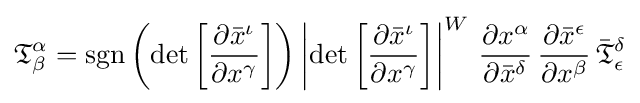
{\mathfrak {T}}_{\beta }^{\alpha }=\operatorname {sgn} \left(\det {\left[{\frac {\partial {\bar {x}}^{\iota }}{\partial {x}^{\gamma }}}\right]}\right)\left\vert \det {\left[{\frac {\partial {\bar {x}}^{\iota }}{\partial {x}^{\gamma }}}\right]}\right\vert ^{W}\,{\frac {\partial {x}^{\alpha }}{\partial {\bar {x}}^{\delta }}}\,{\frac {\partial {\bar {x}}^{\epsilon }}{\partial {x}^{\beta }}}\,{\bar {\mathfrak {T}}}_{\epsilon }^{\delta }